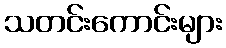
သတင်းကောင်းများ